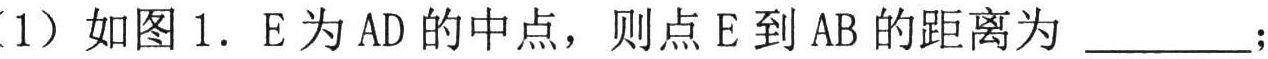
（1）如图1．E为AD的中点，则点E到AB的距离为 \_\_\_\_\_ ；